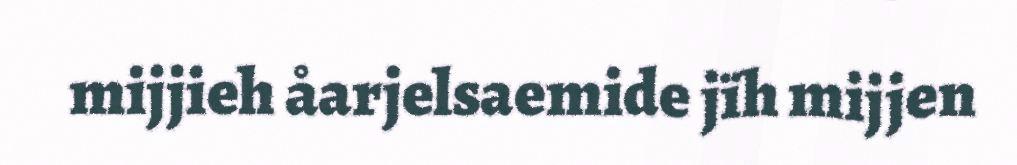
mijjieh åarjelsaemide jïh mijjen